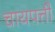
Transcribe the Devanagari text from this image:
चायपत्ती